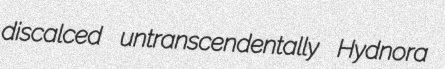
discalced untranscendentally Hydnora